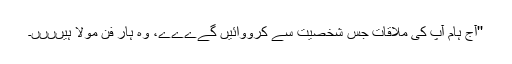
''آج ہام آپ کی ملاقات جس شخصیت سے کرووائیں گےےےے، وہ ہار فن مولا ہیںںںں۔